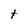
Character: t